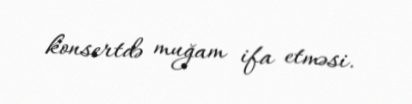
konsertdə muğam ifa etməsi.